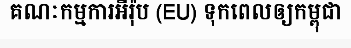
គណៈកម្មការអឺរ៉ុប (EU) ទុកពេលឲ្យកម្ពុជា